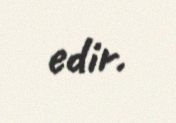
edir.